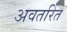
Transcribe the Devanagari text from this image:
अवतरित